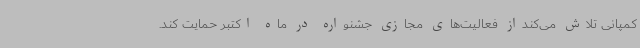
کمپانی تلاش می‌کنداز فعالیت‌های مجازی جشنواره در ماه اکتبر حمایت کند.